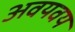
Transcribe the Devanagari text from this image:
अवयवय